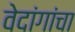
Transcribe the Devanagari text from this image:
वेदांगांचा